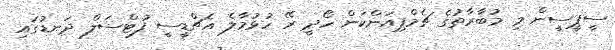
ސީޕީސީން މި މުބާރާތުގެ ޗެމްޕިއަންކަން ހޯދީ ރޭ ހުޅުމާލެ އެޗްޑީސީ ފުޓްސަލް ދަނޑުގައި